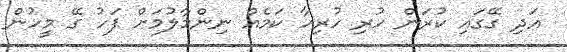
އަދި ގޭގައި ކުރަން ހުރި ހުރިހާ ކަމެއް ނިންމާލުމަށް ފަހު ގޭ މީހުން